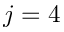
j = 4